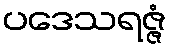
ပဒေသရဇ္ဇံ